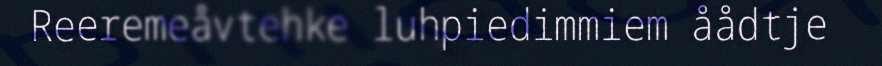
Reeremeåvtehke luhpiedimmiem åådtje